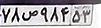
۷۸ص۹۸۴۵۳